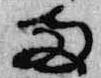
両